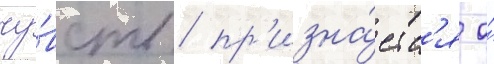
чу́вств / пр'изна́етс'я о́